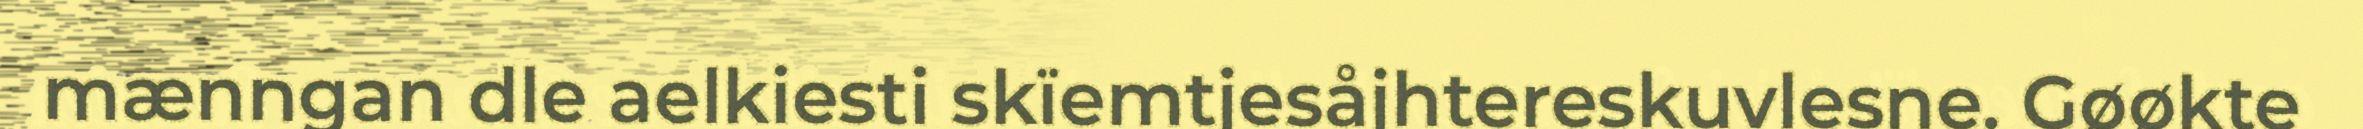
mænngan dle aelkiesti skïemtjesåjhtereskuvlesne. Gøøkte